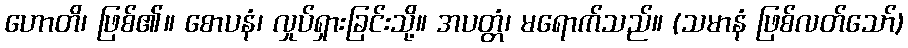
ဟောတိ၊ ဖြစ်၏။ စောပနံ၊ လှုပ်ရှားခြင်းသို့။ အပတ္တံ၊ မရောက်သည်။ (သမာနံ ဖြစ်လတ်သော်)